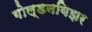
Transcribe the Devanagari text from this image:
गोल्डनविझर